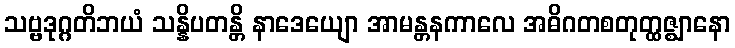
သဗ္ဗဒုဂ္ဂတိဘယံ သန္နိပတန္တိ နာဒေယျော အာမန္တနကာလေ အဓိဂတစတုတ္ထဇ္ဈာနော